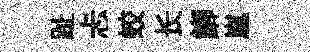
趾忐蛟长鯽嵐